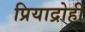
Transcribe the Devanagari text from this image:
प्रियाद्रोही